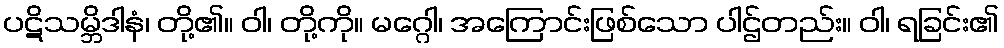
ပဋိသမ္ဘိဒါနံ၊ တို့၏။ ဝါ၊ တို့ကို။ မဂ္ဂေါ၊ အကြောင်းဖြစ်သော ပါဌ်တည်း။ ဝါ၊ ရခြင်း၏